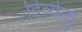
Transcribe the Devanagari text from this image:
दिब्येन्दु